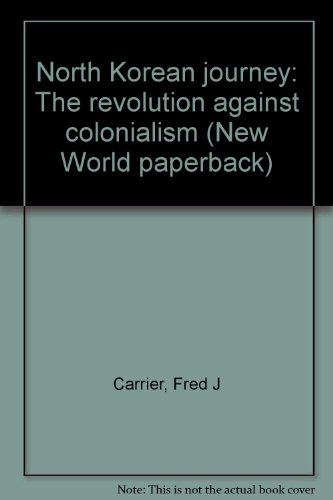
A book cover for North Korean journey: The revolution against colonialism (New World paperback); Fred J Carrier; Travel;